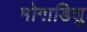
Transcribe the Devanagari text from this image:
मोगाडिशु